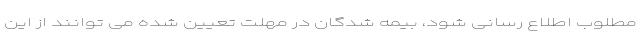
مطلوب اطلاع رسانی شود، بیمه شدگان در مهلت تعیین شده می توانند از این